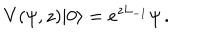
V ( \psi , z ) | 0 \rangle = e ^ { z L _ { - 1 } } \psi \, .